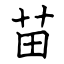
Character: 苗